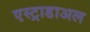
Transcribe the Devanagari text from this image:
एस्ट्राडाअल